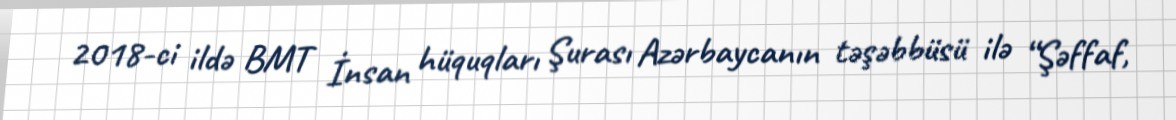
2018-ci ildə BMT İnsan hüquqları Şurası Azərbaycanın təşəbbüsü ilə “Şəffaf,